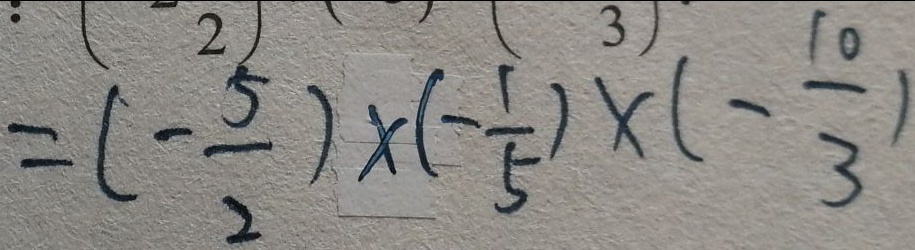
= ( - \frac { 5 } { 2 } ) \times ( - \frac { 1 } { 5 } ) \times ( - \frac { 1 0 } { 3 } )